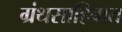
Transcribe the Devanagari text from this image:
ग्रंथसाहिबात